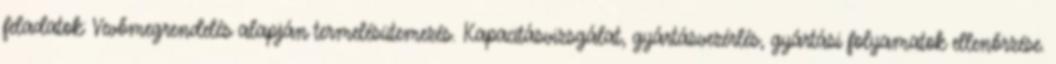
feladatok: Vevőmegrendelés alapján termelésütemezés. Kapacitásvizsgálat, gyártásvezérlés, gyártási folyamatok ellenőrzése.